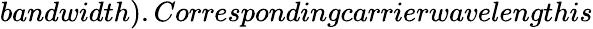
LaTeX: bandwidth).Correspondingcarrierwavelengthis